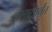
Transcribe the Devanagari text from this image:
ललाटपर्यंत